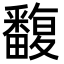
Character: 𤳺